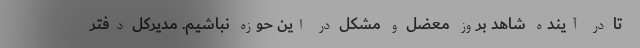
تا در آینده شاهد بروز معضل و مشکل در این حوزه نباشیم. مدیرکل دفتر